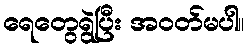
ရေတွေရွဲပြီး အဝတ်မပါ။